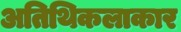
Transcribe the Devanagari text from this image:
अतिथिकलाकार